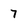
Character: 7